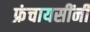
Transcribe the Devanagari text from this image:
फ्रंचायसींनी